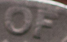
OF